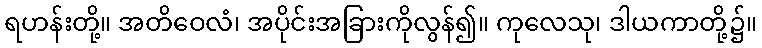
ရဟန်းတို့။ အတိဝေလံ၊ အပိုင်းအခြားကိုလွန်၍။ ကုလေသု၊ ဒါယကာတို့၌။